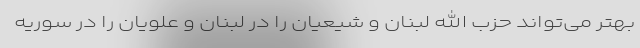
بهتر می‌تواند حزب الله لبنان و شیعیان را در لبنان و علویان را در سوریه